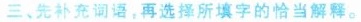
三、先补充词语，再选择所填字的恰当解释。